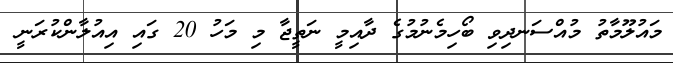
މައުލޫމާތު މުއްސަނދިވި ބޯހިމެނުމުގެ ދާއިމީ ނަތީޖާ މި މަހު 20 ގައި އިއުލާންކުރަނީ